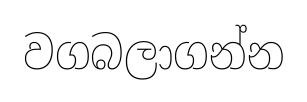
වගබලාගන්න